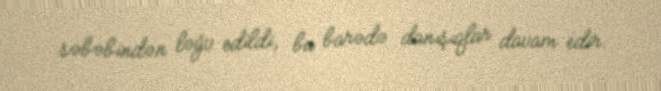
səbəbindən ləğv edildi, bu barədə danışıqlar davam edir.